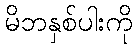
မိဘနှစ်ပါးကို